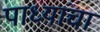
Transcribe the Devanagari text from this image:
पाध्यांचा